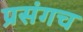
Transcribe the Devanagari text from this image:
प्रसंगच